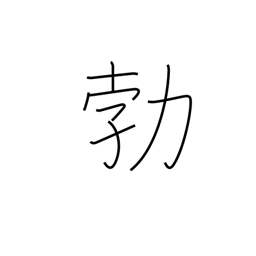
Meaning: suddenness